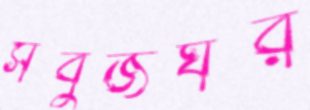
সবুজঘর